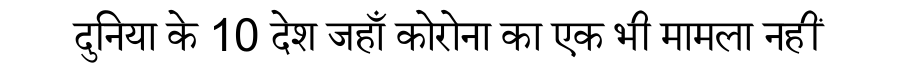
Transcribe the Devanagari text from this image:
दुनिया के 10 देश जहाँ कोरोना का एक भी मामला नहीं